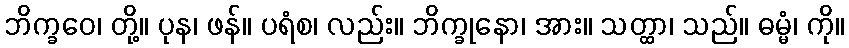
ဘိက္ခဝေ၊ တို့။ ပုန၊ ဖန်။ ပရံစ၊ လည်း။ ဘိက္ခုနော၊ အား။ သတ္ထာ၊ သည်။ ဓမ္မံ၊ ကို။